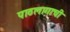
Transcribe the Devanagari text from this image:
पाठलागाची